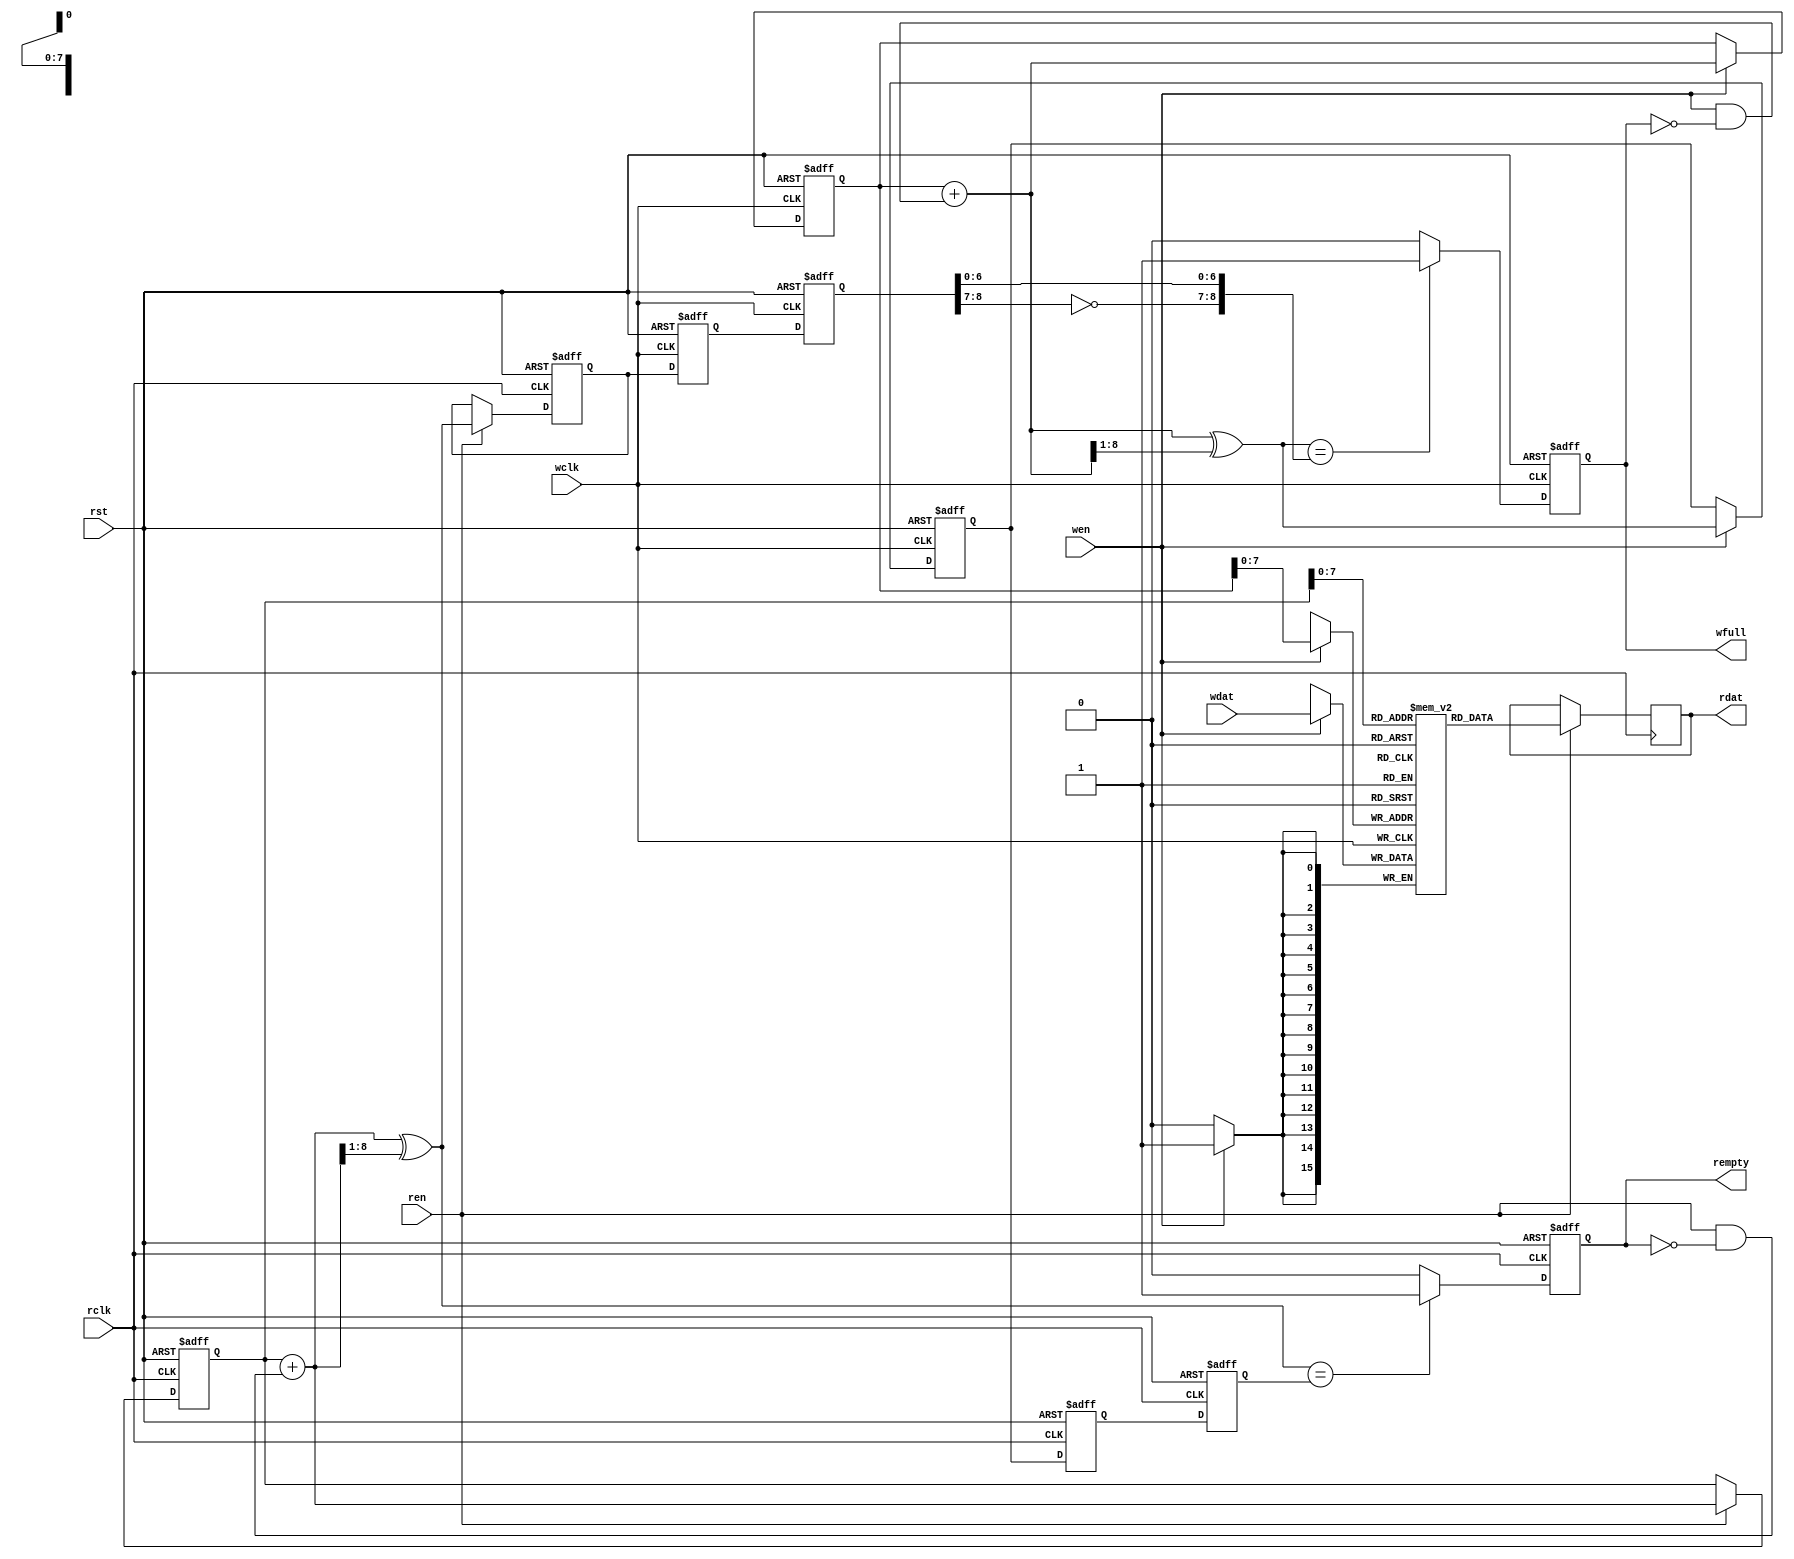
/* FIFO */

module fifo #(parameter WA=8,WD=16)

  (input  rst         // reset

  ,input  wclk        // write clock

  ,input  wen         // write enable

  ,input[WD-1:0] wdat // write data

  ,output reg wfull  // write full

  ,input  rclk        // read clock

  ,input  ren         // read enable

  ,output reg[WD-1:0] rdat  // read data

  ,output reg rempty // read empty

  );

reg[WA:0] wadr;

reg[WA:0] radr;

reg[WA:0] wptr,wptr0,wptr1;

reg[WA:0] rptr,rptr0,rptr1;

wire[WA:0] next_wadr,next_wptr;

wire[WA:0] next_radr,next_rptr;

reg[WD-1:0] ram[0:2**WA-1];

/*********************************************************

 * DPM

 ********************************************************/

always @(posedge wclk)

  if(wen) ram[wadr[WA-1:0]] <= wdat;

always @(posedge rclk)

  if(ren) rdat <= ram[radr[WA-1:0]];

/*********************************************************

 * wclk domain

 ********************************************************/

/* write address */

always @(posedge wclk or posedge rst) begin

  if(rst)

    {wadr,wptr} <= {{(WA+1){1'b0}},{(WA+1){1'b0}}};

  else if(wen)

    {wadr,wptr} <= {next_wadr,next_wptr};

end

assign next_wadr = wadr + (wen & ~wfull);     // binary

assign next_wptr = next_wadr ^ (next_wadr>>1'b1); // gray

/* 2FF-sync of rptr */

always @(posedge wclk or posedge rst) begin

  if(rst)

    {rptr1,rptr0} <= {{(WA+1){1'b0}},{(WA+1){1'b0}}};

  else

    {rptr1,rptr0} <= {rptr0,rptr};

end

/* full flag */

always @(posedge wclk or posedge rst) begin

  if(rst)

    wfull <= 1'b0;

  else if(next_wptr=={~rptr1[WA:WA-1],rptr1[WA-2:0]})

    wfull <= 1'b1;

  else

    wfull <= 1'b0;

end

/*********************************************************

 * rclk domain

 ********************************************************/

/* read address */

always @(posedge rclk or posedge rst) begin

  if(rst)

    {radr,rptr} <= {{(WA+1){1'b0}},{(WA+1){1'b0}}};

  else if(ren)

    {radr,rptr} <= {next_radr,next_rptr};

end

assign next_radr = radr + (ren & ~rempty);    // binary

assign next_rptr = next_radr ^ (next_radr >> 1);  // gray

/* 2FF-sync of wptr */

always @(posedge rclk or posedge rst) begin

  if(rst)

    {wptr1,wptr0} <= {{(WA+1){1'b0}},{(WA+1){1'b0}}};

  else

    {wptr1,wptr0} <= {wptr0,wptr};

end

/* empty flag */

always @(posedge rclk or posedge rst) begin

  if(rst)

    rempty <= 1'b1;

  else if(next_rptr==wptr1)

    rempty <= 1'b1;

  else

    rempty <= 1'b0;

end

endmodule